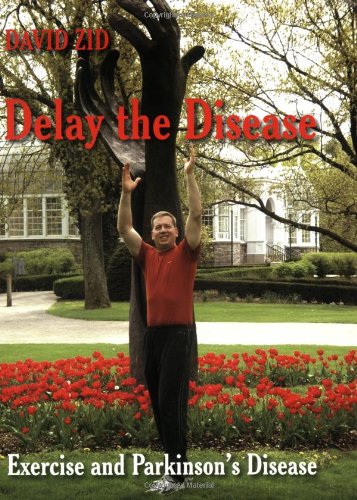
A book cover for Delay the Disease -Exercise and Parkinson's Disease (Book); David Zid; Health, Fitness & Dieting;